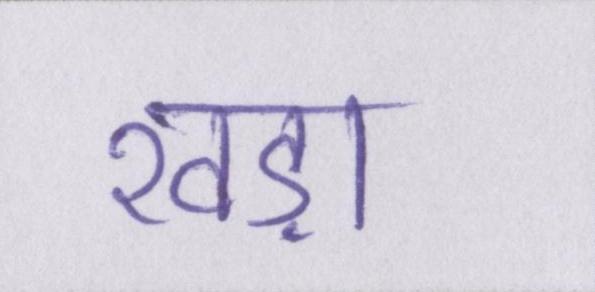
खड़ा